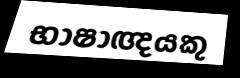
භාෂාඥයකු